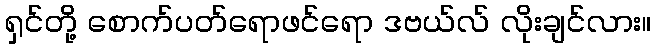
ရှင်တို့ စောက်ပတ်ရောဖင်ရော ဒဗယ်လ် လိုးချင်လား။